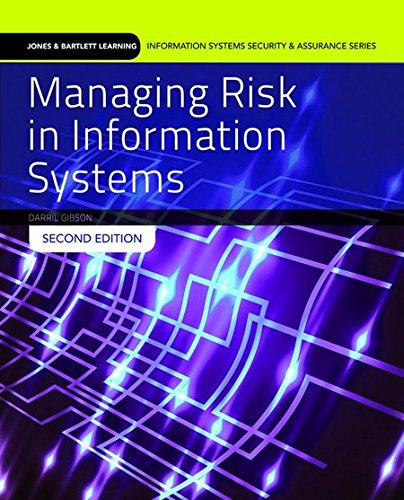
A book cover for Managing Risk In Information Systems (Information Systems Security & Assurance); Darril Gibson; Computers & Technology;